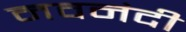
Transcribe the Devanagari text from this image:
नवनंदी